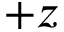
+ z